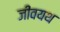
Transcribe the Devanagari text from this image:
जीवयथ